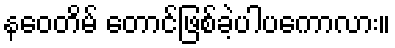
နဝေတိမ် တောင်ဖြစ်ခဲ့ပါပကောလား။